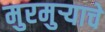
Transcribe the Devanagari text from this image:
मुरमुऱ्याचे